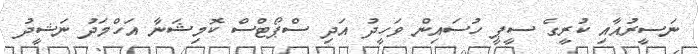
ނަސީރުއާއި ކުރީގެ ސީޕީ ހުސައިން ވަހީދު އަދި ސްޕޯޓްސް ކޮމިޝަނާ އަހްމަދު ނަޝީދު